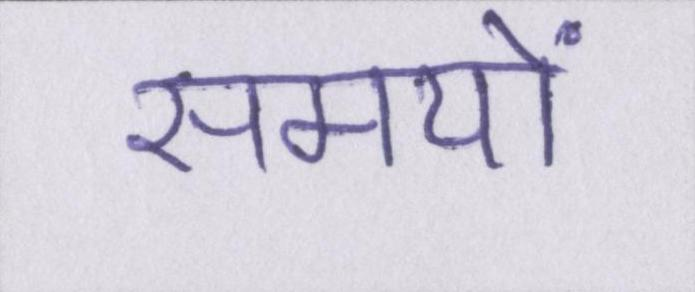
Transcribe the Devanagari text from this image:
समयों